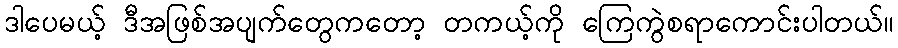
ဒါပေမယ့် ဒီအဖြစ်အပျက်တွေကတော့ တကယ့်ကို ကြေကွဲစရာကောင်းပါတယ်။